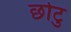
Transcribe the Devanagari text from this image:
छोटु